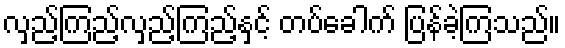
လှည့်ကြည့်လှည့်ကြည့်နှင့် တပ်ခေါက် ပြန်ခဲ့ကြသည်။